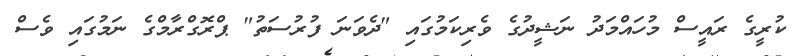
ކުރީގެ ރައީސް މުހައްމަދު ނަޝީދުގެ ވެރިކަމުގައި "ދެވަނަ ފުރުސަތު" ޕްރޮގްރާމްގެ ނަމުގައި ވެސް